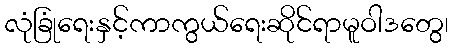
လုံခြုံရေးနှင့်ကာကွယ်ရေးဆိုင်ရာမူဝါဒတွေ၊